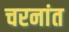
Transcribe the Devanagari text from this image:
चरनांत